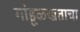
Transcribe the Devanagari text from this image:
गांडूळखताचा